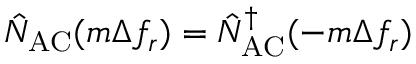
\hat { N } _ { \mathrm { A C } } ( m \Delta f _ { r } ) = \hat { N } _ { \mathrm { A C } } ^ { \dagger } ( - m \Delta f _ { r } )